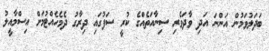
ބަދަލުވަމުން އަންނަ އަދި ވާދަވެރި ސިނާއަތެއްގެ ކުރީ ސަފުގައި ދިރާގު ދެމެހެއްޓުމަށް އިސްމާއީލު